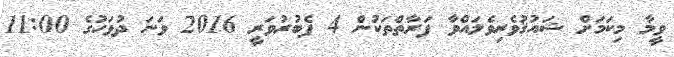
ވީމާ މިކަމަށް ޝައުޤުވެރިވެލައްވާ ފަރާތްތަކުން 4 ފެބުރުވަރީ 2016 ވަނަ ދުވަހުގެ 11:00